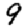
Digit: 9